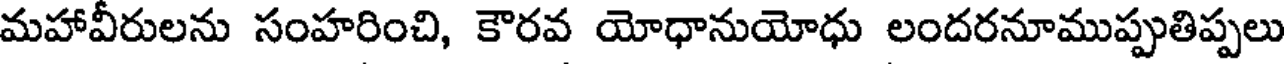
మహావీరులను సంహరించి, కౌరవ యోధానుయోధు లందరనూముప్పుతిప్పలు